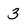
Character: 3